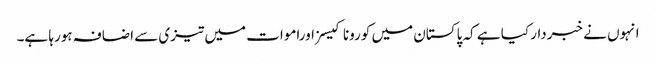
انہوں نے خبردار کیا ہے کہ پاکستان میں کورونا کیسزاوراموات میں تیزی سے اضافہ ہورہا ہے۔